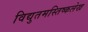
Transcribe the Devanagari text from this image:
विद्युतमस्तिष्कलेख